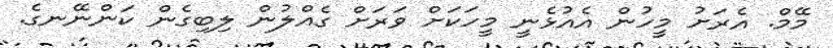
މޭމް. އެރަށު މީހުން އެއުޅެނީ މީހަކަށް ވަރަށް ގެއްލުން ލިބިގެން ކަންނޭނގެ.